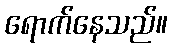
ရောက်နေသည်။